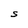
Character: S